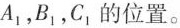
A_{1}，B_{1}，C_{1}的位置。